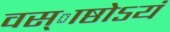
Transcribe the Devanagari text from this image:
वस्ाष्ठोऽयं